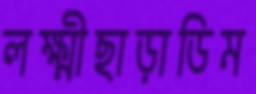
লক্ষ্মীছাড়াডিম